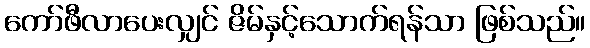
ကော်ဖီလာပေးလျှင် ဇိမ်နှင့်သောက်ရန်သာ ဖြစ်သည်။